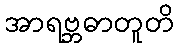
အာရဗ္ဘဓာတူတိ